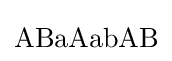
\mathrm {ABaAabAB}